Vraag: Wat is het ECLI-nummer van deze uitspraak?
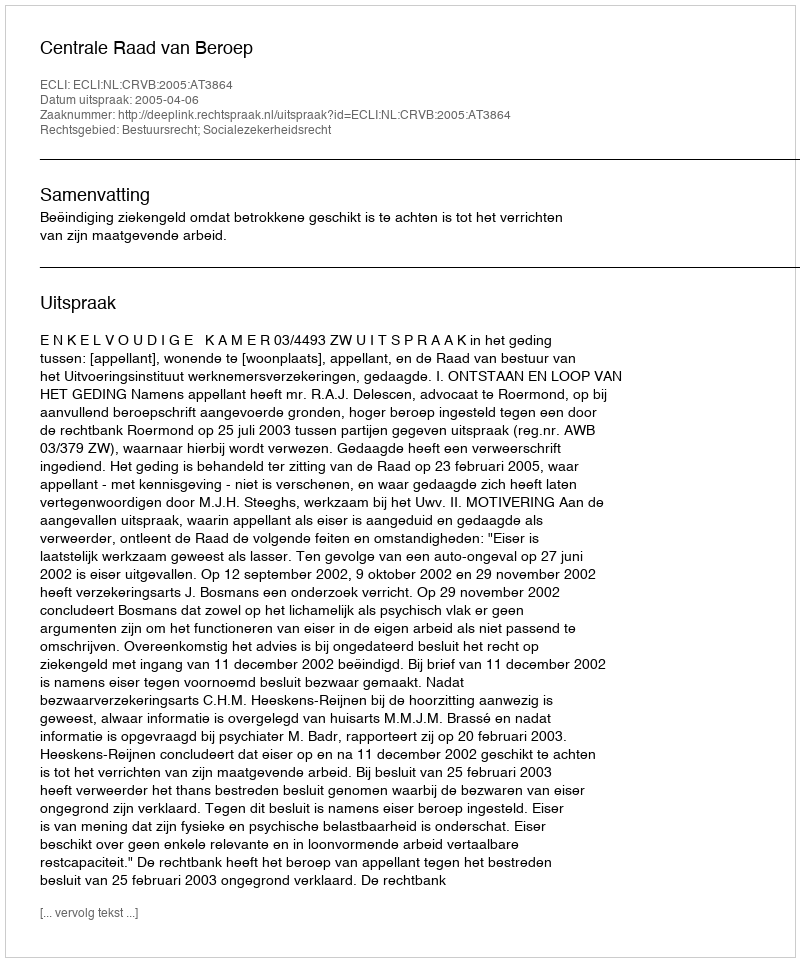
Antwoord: ECLI:NL:CRVB:2005:AT3864